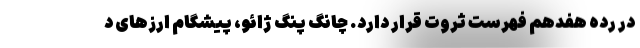
در رده هفدهم فهرست ثروت قرار دارد. چانگ پنگ ژائو، پیشگام ارزهای د